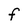
Character: F